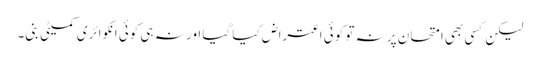
لیکن کسی بھی امتحان پر نہ تو کوئی اعتراض کیا گیا اور نہ ہی کوئی انکوائری کمیٹی بنی۔